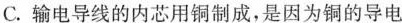
C.输电导线的内芯用铜制成，是因为铜的导电